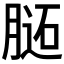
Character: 𰗊